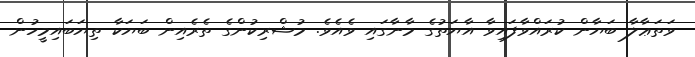
ވަތަޢާލާ ބަޔާން ކުރައްވާފައިވާ އާޔަތުގެ މާނާގައި ވެއެވެ. މުޝްރިކުންގެ ތެރެއިން ބަޔަކާ ތިޔަބައިމީހުން